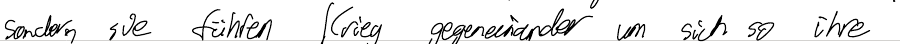
sondern sie führen Krieg gegeneinander um sich so ihre